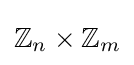
\mathbb {Z} _{n}\times \mathbb {Z} _{m}